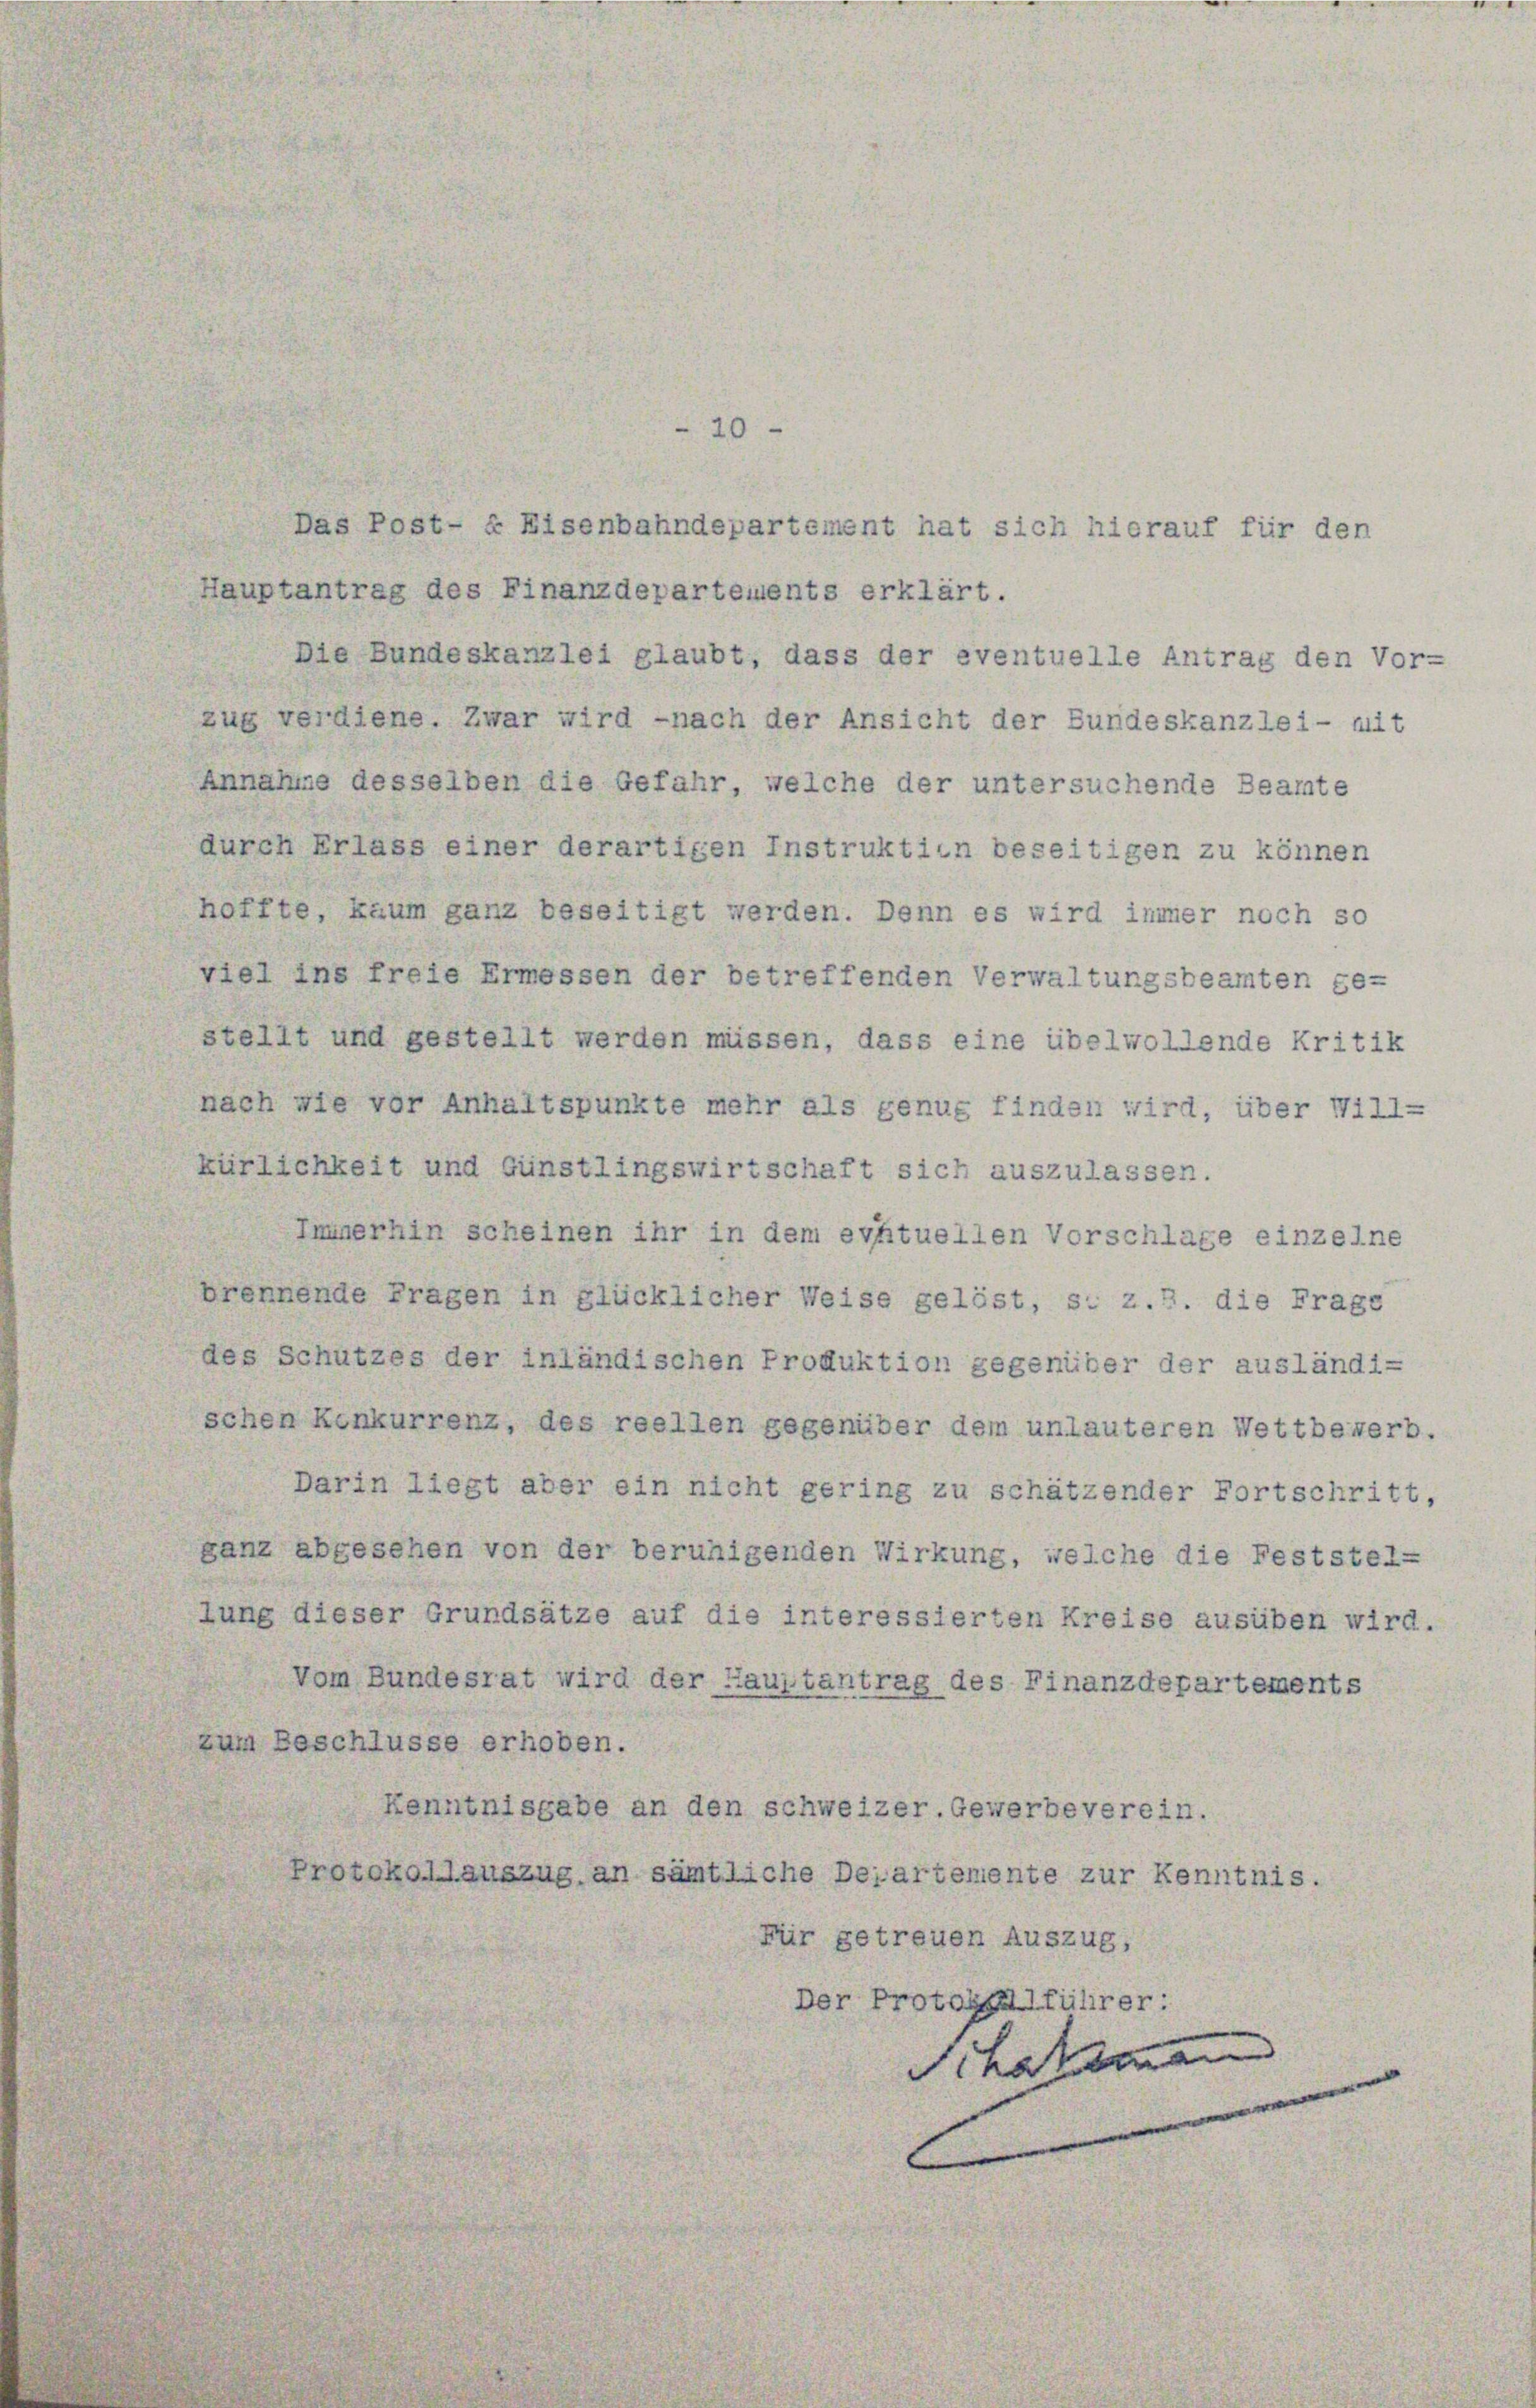
20
Das Post- & Eisenbahndepartement hat sich hierauf für den
Hauptantrag des Finanzdepartements erklärt.
Die Bundeskanzlei glaubt, dass der eventuelle Antrag den Vor-
zug verdiene. Zwar wird -nach der Ansicht der Bundeskanzlei- mit
Annahme desselben die Gefahr, welche der untersuchende Beamte
durch Erlass einer derartigen Instruktion beseitigen zu können
hoffte, kaum ganz beseitigt werden. Denn es wird immer noch so
viel ins freie Ermessen der betreffenden Verwaltungsbeamten ge-
stellt und gestellt werden müssen, dass eine übelwollende Kritik
nach wie vor Anhaltspunkte mehr als genug finden wird, über Will-
kürlichkeit und Günstlingswirtschaft sich auszulassen.
Immerhin scheinen ihr in dem evftuellen Vorschlage einzelne
brennende Fragen in glücklicher Weise gelöst, s. z.B. die Frage
des Schutzes der inländischen Produktion gegenüber der ausländi-
schen Konkurrenz, des reellen gegenüber dem unlauteren Wettbewerb.
Darin liegt aber ein nicht gering zu schätzender Fortschritt,
ganz abgesehen von der beruhigenden Wirkung, welche die Feststel-
tung dieser Grundsätze auf die interessierten Kreise ausüben wird.
Vom Bundesrat wird der Hauptantrag des Finanzdepartements
zum Beschlüsse erhoben.
Kenntnisgabe an den schweizer. Gewerbeverein.
Protokollauszug an sämtliche Departemente zur Kenntnis.
Für getreuen Auszug,
Der Protoygalführer:
Schatzmann